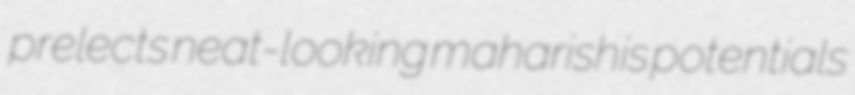
prelects neat-looking maharishis potentials